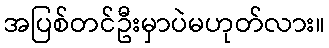
အပြစ်တင်ဦးမှာပဲမဟုတ်လား။